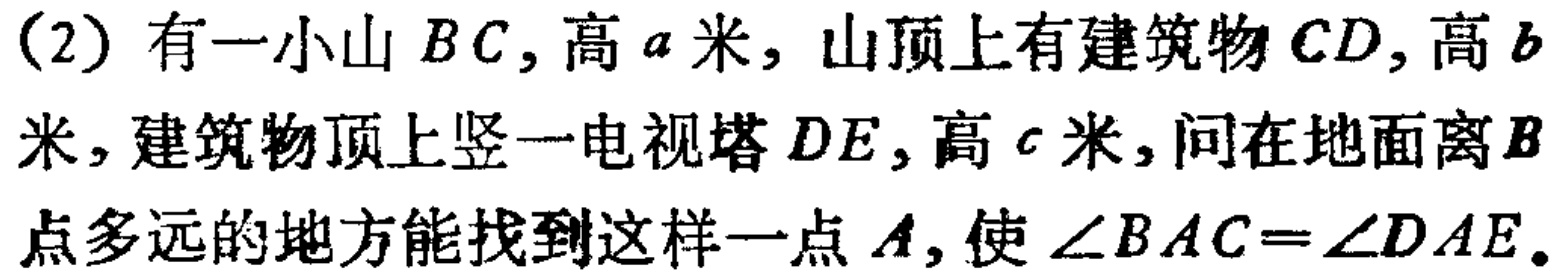
(2) 有一小山 \(BC\)，高 \(a\) 米，山顶上有建筑物 \(CD\)，高 \(b\) 米，建筑物顶上竖一电视塔 \(DE\)，高 \(c\) 米，问在地面离 \(B\) 点多远的地方能找到这样一点 \(A\)，使 \(\angle BAC = \angle DAE\)。